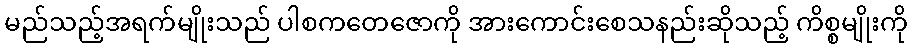
မည်သည့်အရက်မျိုးသည် ပါစကတေဇောကို အားကောင်းစေသနည်းဆိုသည့် ကိစ္စမျိုးကို